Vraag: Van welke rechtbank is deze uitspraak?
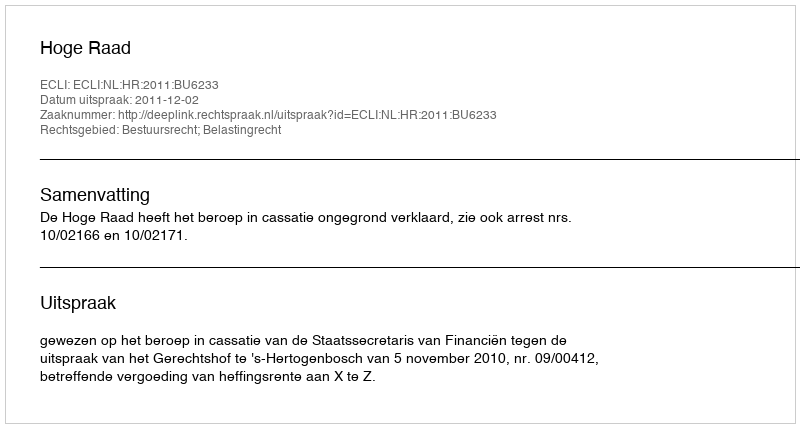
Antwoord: Hoge Raad